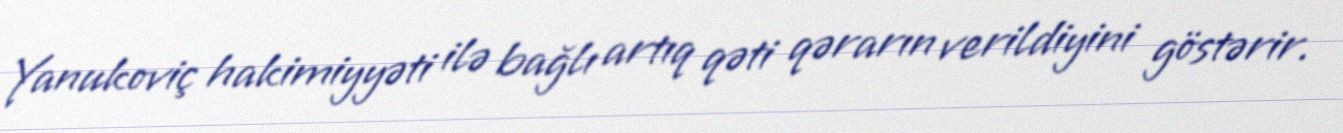
Yanukoviç hakimiyyəti ilə bağlı artıq qəti qərarın verildiyini göstərir.